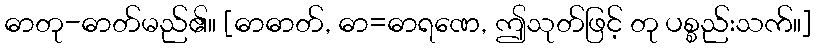
ဓာတု-ဓာတ်မည်၏။ [ဓာဓာတ်, ဓာ=ဓာရဏေ, ဤသုတ်ဖြင့် တု ပစ္စည်းသက်။]